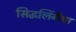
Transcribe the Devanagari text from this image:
सिद्धलिंगैया